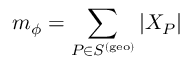
m _ { \phi } = \sum _ { P \in S ^ { \mathrm { ( g e o ) } } } | X _ { P } |